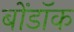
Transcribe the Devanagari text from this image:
बोंडॉक